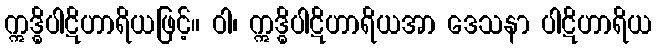
ဣဒ္ဓိပါဋိဟာရိယဖြင့်။ ဝါ၊ ဣဒ္ဓိပါဋိဟာရိယအာ ဒေသနာ ပါဋိဟာရိယ